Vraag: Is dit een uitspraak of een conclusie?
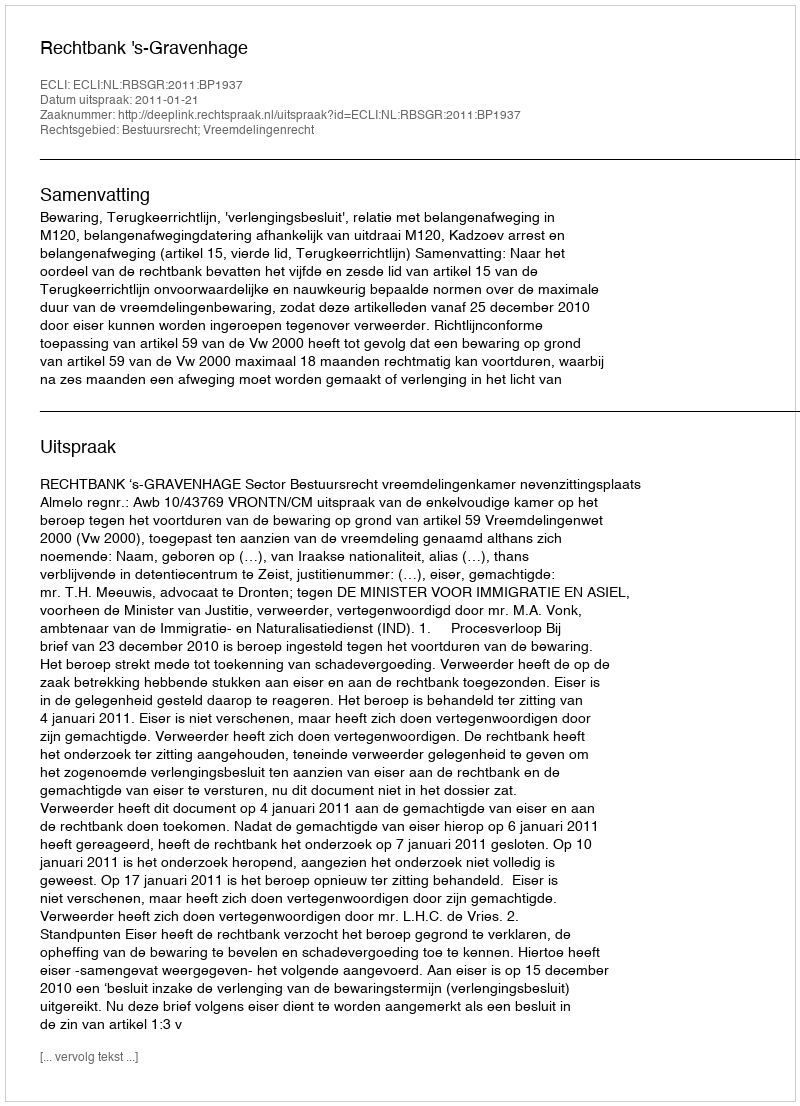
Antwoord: Uitspraak